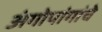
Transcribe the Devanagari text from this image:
अंगोपांगांचे